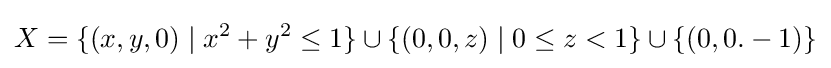
X=\{(x,y,0)\mid x^{2}+y^{2}\leq 1\}\cup \{(0,0,z)\mid 0\leq z<1\}\cup \{(0,0.-1)\}